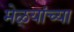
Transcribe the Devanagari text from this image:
मेळ्यांच्या